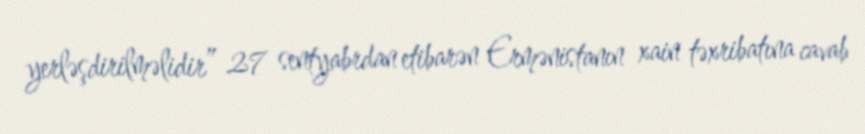
yerləşdirilməlidir” 27 sentyabrdan etibarən Ermənistanın xain təxribatına cavab